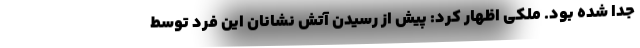
جدا شده بود. ملکی اظهار کرد: پیش از رسیدن آتش نشانان این فرد توسط